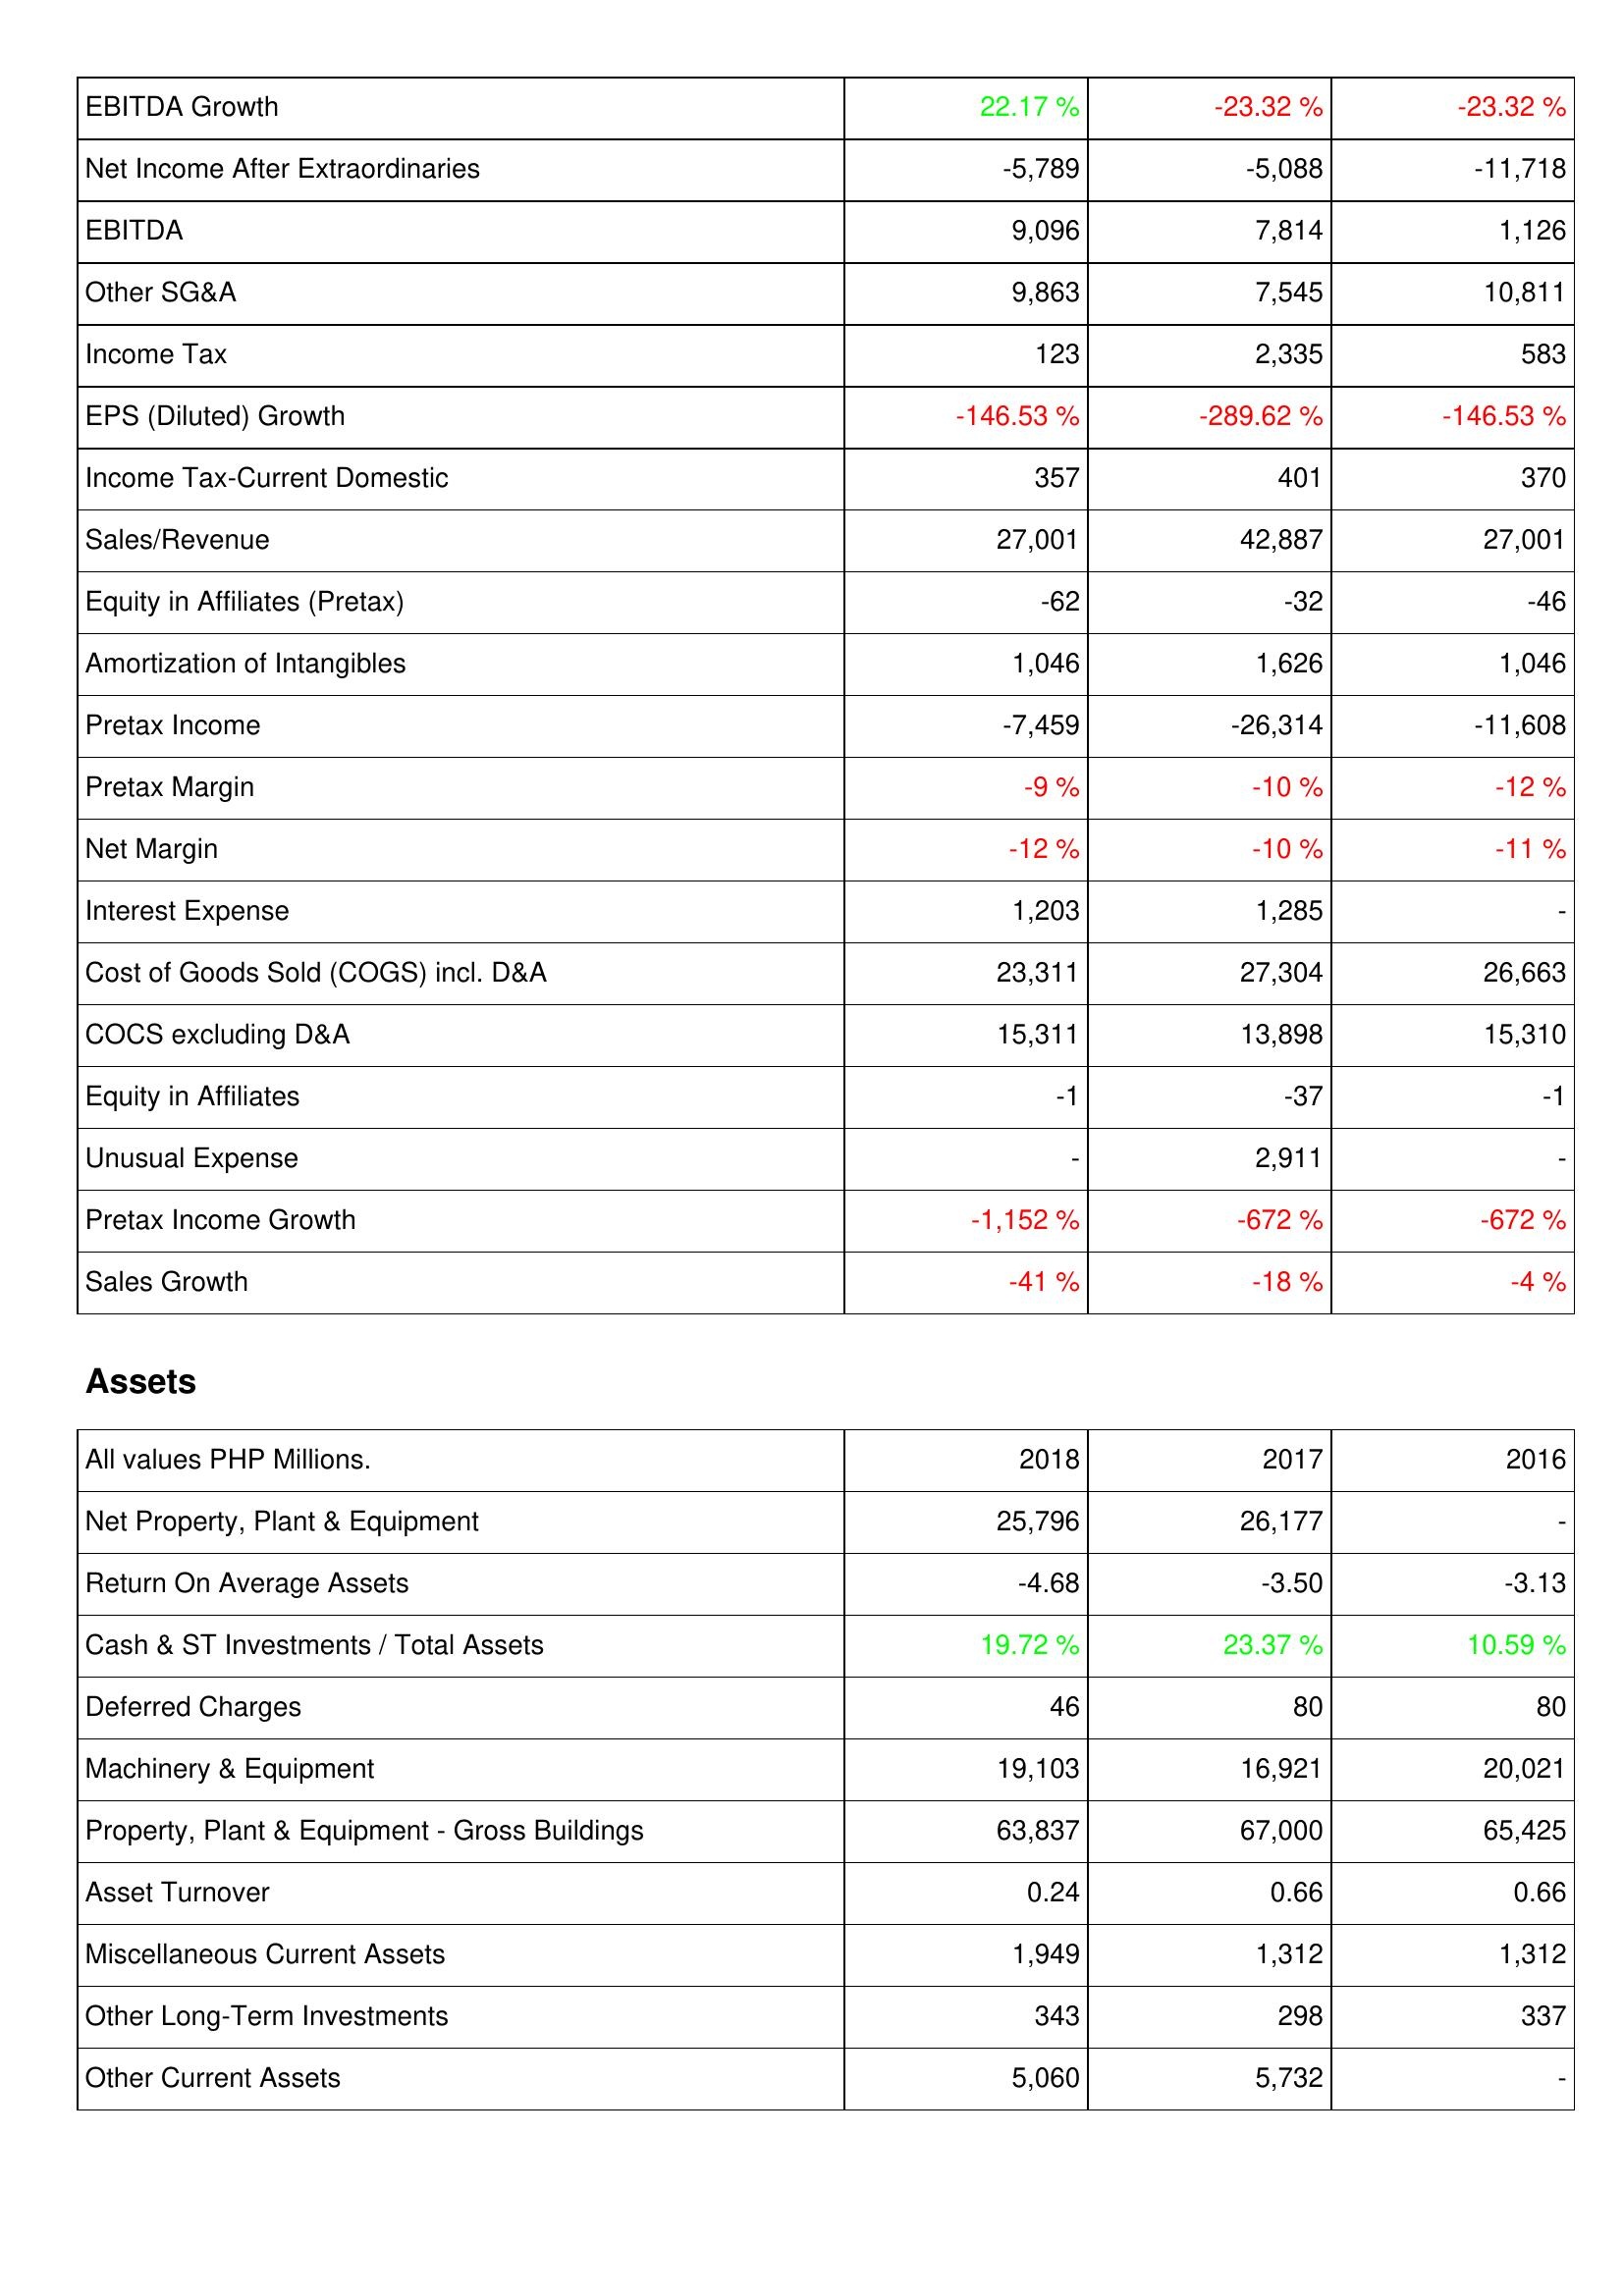
2018: Income Statement: EBITDA Growth: 22.17 %
Net Income After Extraordinaries: -5,789
EBITDA: 9,096
Other SG&A: 9,863
Income Tax: 123
EPS (Diluted) Growth: -146.53 %
Income Tax-Current Domestic: 357
Sales/Revenue: 27,001
Equity in Affiliates (Pretax): -62
Amortization of Intangibles: 1,046
Pretax Income: -7,459
Pretax Margin: -9 %
Net Margin: -12 %
Interest Expense: 1,203
Cost of Goods Sold (COGS) incl. D&A: 23,311
COCS excluding D&A: 15,311
Equity in Affiliates: -1
Unusual Expense: -
Pretax Income Growth: -1,152 %
Sales Growth: -41 %
Assets: Net Property, Plant & Equipment: 25,796
Return On Average Assets: -4.68
Cash & ST Investments / Total Assets: 19.72 %
Deferred Charges: 46
Machinery & Equipment: 19,103
Property, Plant & Equipment - Gross Buildings: 63,837
Asset Turnover: 0.24
Miscellaneous Current Assets: 1,949
Other Long-Term Investments: 343
Other Current Assets: 5,060
2017: Income Statement: EBITDA Growth: -23.32 %
Net Income After Extraordinaries: -5,088
EBITDA: 7,814
Other SG&A: 7,545
Income Tax: 2,335
EPS (Diluted) Growth: -289.62 %
Income Tax-Current Domestic: 401
Sales/Revenue: 42,887
Equity in Affiliates (Pretax): -32
Amortization of Intangibles: 1,626
Pretax Income: -26,314
Pretax Margin: -10 %
Net Margin: -10 %
Interest Expense: 1,285
Cost of Goods Sold (COGS) incl. D&A: 27,304
COCS excluding D&A: 13,898
Equity in Affiliates: -37
Unusual Expense: 2,911
Pretax Income Growth: -672 %
Sales Growth: -18 %
Assets: Net Property, Plant & Equipment: 26,177
Return On Average Assets: -3.50
Cash & ST Investments / Total Assets: 23.37 %
Deferred Charges: 80
Machinery & Equipment: 16,921
Property, Plant & Equipment - Gross Buildings: 67,000
Asset Turnover: 0.66
Miscellaneous Current Assets: 1,312
Other Long-Term Investments: 298
Other Current Assets: 5,732
2016: Income Statement: EBITDA Growth: -23.32 %
Net Income After Extraordinaries: -11,718
EBITDA: 1,126
Other SG&A: 10,811
Income Tax: 583
EPS (Diluted) Growth: -146.53 %
Income Tax-Current Domestic: 370
Sales/Revenue: 27,001
Equity in Affiliates (Pretax): -46
Amortization of Intangibles: 1,046
Pretax Income: -11,608
Pretax Margin: -12 %
Net Margin: -11 %
Interest Expense: -
Cost of Goods Sold (COGS) incl. D&A: 26,663
COCS excluding D&A: 15,310
Equity in Affiliates: -1
Unusual Expense: -
Pretax Income Growth: -672 %
Sales Growth: -4 %
Assets: Net Property, Plant & Equipment: -
Return On Average Assets: -3.13
Cash & ST Investments / Total Assets: 10.59 %
Deferred Charges: 80
Machinery & Equipment: 20,021
Property, Plant & Equipment - Gross Buildings: 65,425
Asset Turnover: 0.66
Miscellaneous Current Assets: 1,312
Other Long-Term Investments: 337
Other Current Assets: -